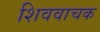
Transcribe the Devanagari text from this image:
शिववाचक